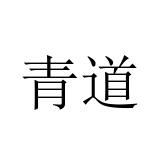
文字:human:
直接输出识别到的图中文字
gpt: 青道